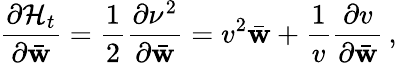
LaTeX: \frac{\partial{\cal H}_{t}}{\partial\bar{\mathbf w}}=\frac{1}{2}\frac{\partial\nu^{2}}{\partial\bar{\mathbf w}}=v^{2}\bar{\mathbf w}+\frac{1}{v}\frac{\partial v}{\partial\bar{\mathbf w}}\, ,